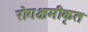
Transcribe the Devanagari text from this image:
रोगक्षमीकृत